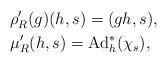
LaTeX: \begin{align*}&\rho'_R(g)(h,s) = (gh,s), \\&\mu'_R(h, s)=\mathrm{Ad}^*_h(\chi_s),\end{align*}